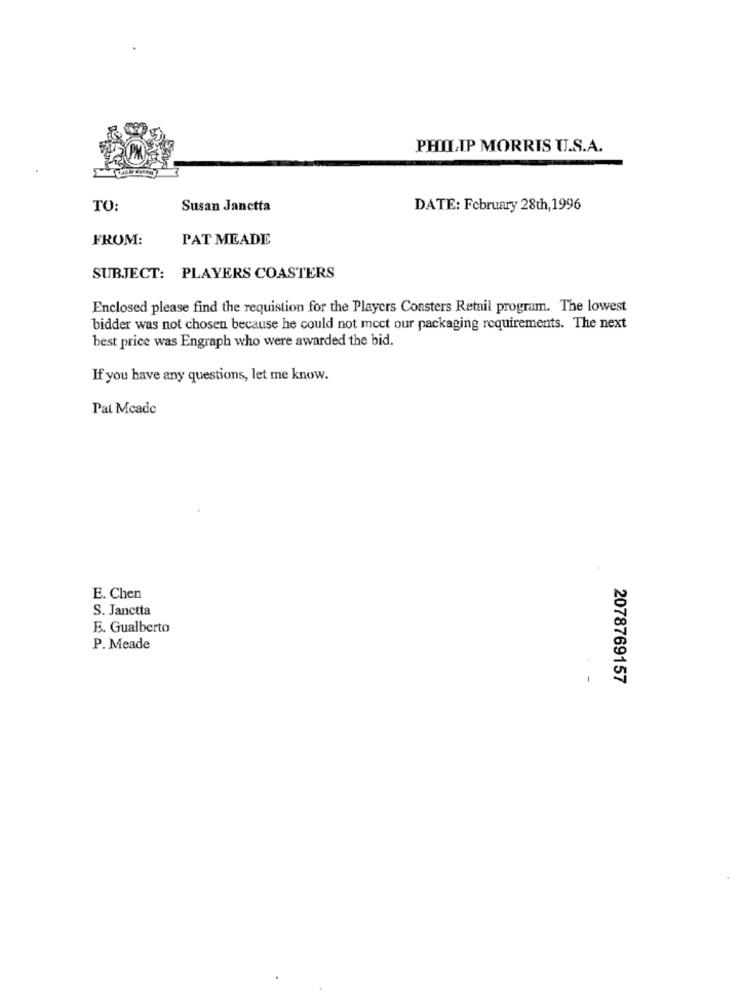
PHILIP MORRIS U.S.A.
TO:
Susan Janctta
DATE: February 28th, 1996
FROM:
PAT MEADE
SUBJECT: PLAYERS COASTERS
Enclosed please find the requistion for the Players Coasters Retail program. The lowest
bidder was not chosen because he could not meet our packaging requirements. The next
best price was Engraph who were awarded the bid.
If you have any questions, let me know.
Pat Mcade
E. Chen
S. Janctta
E. Gualberto
P. Meade
2078769157